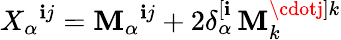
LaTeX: X_{\alpha}{}^{\mathbf{i}j}=\mathbf{M}_{\alpha}{}^{\mathbf{i}j}+2\delta_{\alpha}^{[\mathbf{i}}\, \mathbf{M}_{k}^{\cdotj]k}